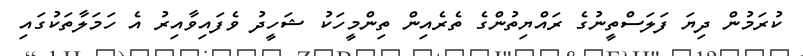
ކުރަމުން ދިޔަ ފަލަސްތީނުގެ ރައްޔިތުންގެ ތެރެއިން ތިންމީހަކު ޝަހީދު ވެފައިވާއިރު އެ ހަމަލާތަކުގައި